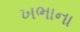
ખભાના